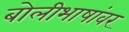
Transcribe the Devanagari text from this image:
बोलीभाषांवर